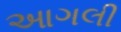
આગલી